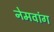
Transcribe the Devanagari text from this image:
नेमवांग